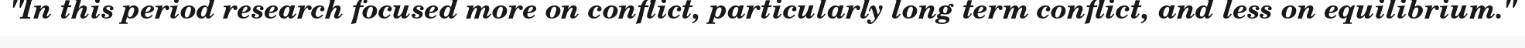
"In this period research focused more on conflict, particularly long term conflict, and less on equilibrium."